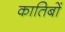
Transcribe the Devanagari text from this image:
कातिबों